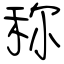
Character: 称